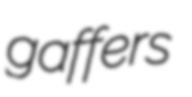
gaffers